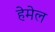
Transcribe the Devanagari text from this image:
हेमेल